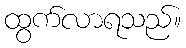
ထွက်လာရသည်။